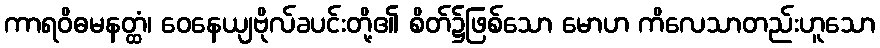
ကာရဝိဓမနတ္ထံ၊ ဝေနေယျဗိုလ်ခပင်းတို့၏ စိတ်၌ဖြစ်သော မောဟ ကိလေသာတည်းဟူသော